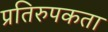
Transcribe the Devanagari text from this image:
प्रतिरुपकता